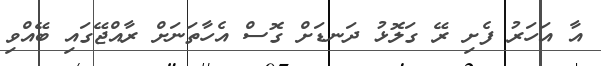
އާ އަހަރު ފެށި ރޭ ގަލޮޅު ދަނޑަށް ގޮސް އެހާތަނަށް ރާއްޖޭގައި ބޭއްވި